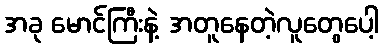
အခု မောင်ကြီးနဲ့ အတူနေတဲ့လူတွေပေါ့